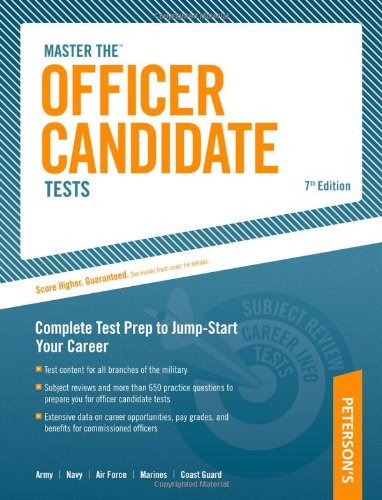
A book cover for Officer Candidate Tests, 7th Edition; Arco; Test Preparation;